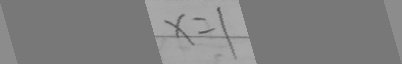
x = 1